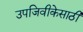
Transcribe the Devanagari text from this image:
उपजिवीकेसाठी